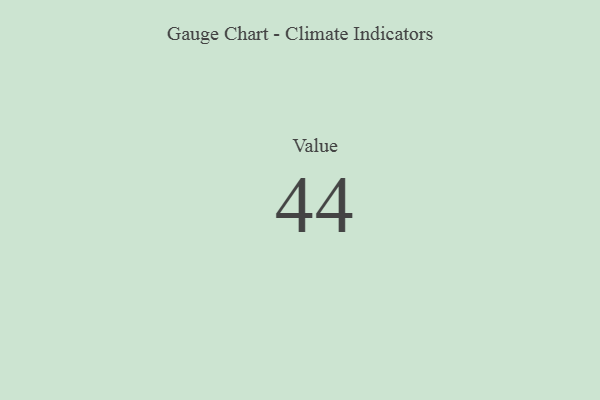
{"axis": {"x": "Metric", "y": "Value"}, "legend": [""], "data": [{"x": "Value", "y": 44, "type": ""}]}